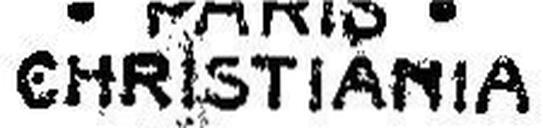
CHRISTIANIA